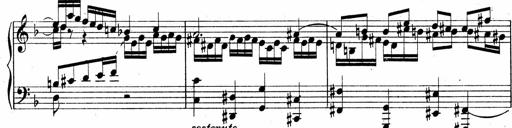
Title: Sonatina No.5
Composer: Otto Stoll
Key: F-sharp minor